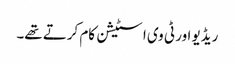
ریڈیو اور ٹی وی ا سٹیشن کام کرتے تھے۔